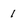
Character: 1